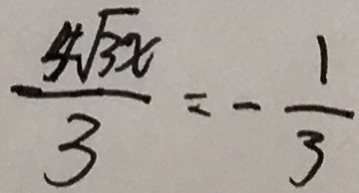
\frac { 4 \sqrt { 3 x } } { 3 } = - \frac { 1 } { 3 }